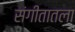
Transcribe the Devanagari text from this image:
संगीतातला